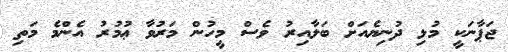
ޖަޕާނަކީ މުޅި ދުނިޔެއަށް ބަލާއިރު ވެސް މީހުން މަރުވާ ޢުމުރު އެންމެ މަތި